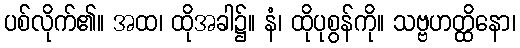
ပစ်လိုက်၏။ အထ၊ ထိုအခါ၌။ နံ၊ ထိုပုစွန်ကို။ သဗ္ဗဟတ္ထိနော၊